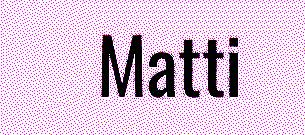
Matti